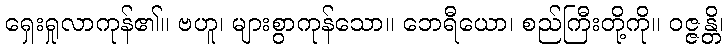
ရှေးရှုလာကုန်၏။ ဗဟူ၊ များစွာကုန်သော။ ဘေရီယော၊ စည်ကြီးတို့ကို။ ဝဇ္ဇန္တိ၊